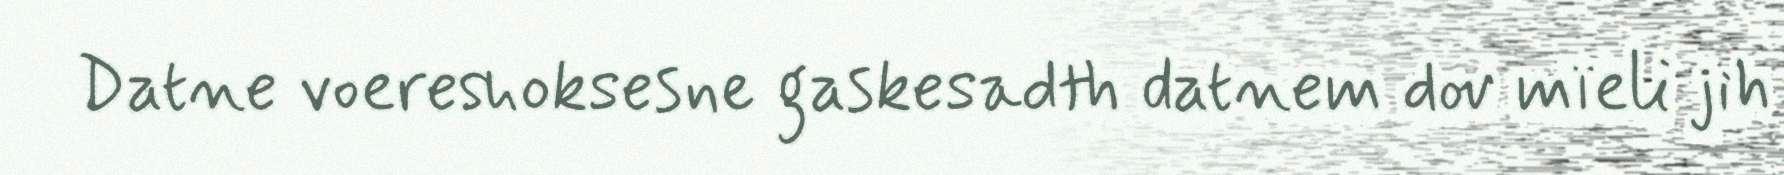
Datne voereshoksesne gaskesadth datnem dov mïeli jih